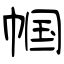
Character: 帼